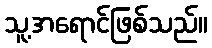
သူ့အရောင်ဖြစ်သည်။